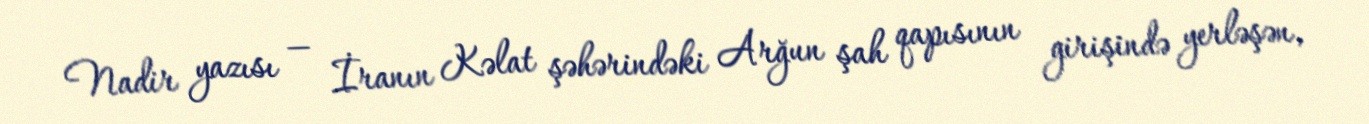
Nadir yazısı — İranın Kəlat şəhərindəki Arğun şah qapısının girişində yerləşən,